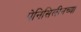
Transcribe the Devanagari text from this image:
पेनिसिलीनच्या